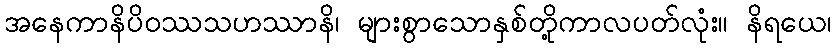
အနေကာနိပိဝဿသဟဿာနိ၊ များစွာသောနှစ်တို့ကာလပတ်လုံး။ နိရယေ၊